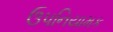
ઉપનિયામક